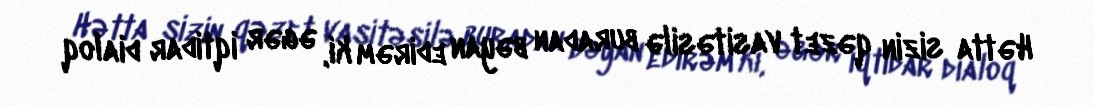
Hətta sizin qəzet vasitəsilə buradan bəyan edirəm ki, əgər iqtidar dialoq